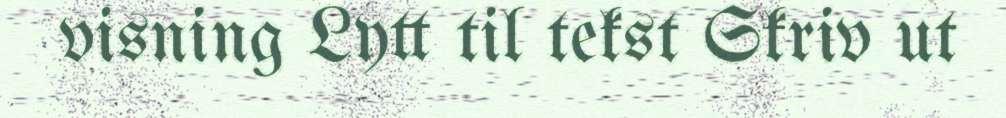
visning Lytt til tekst Skriv ut